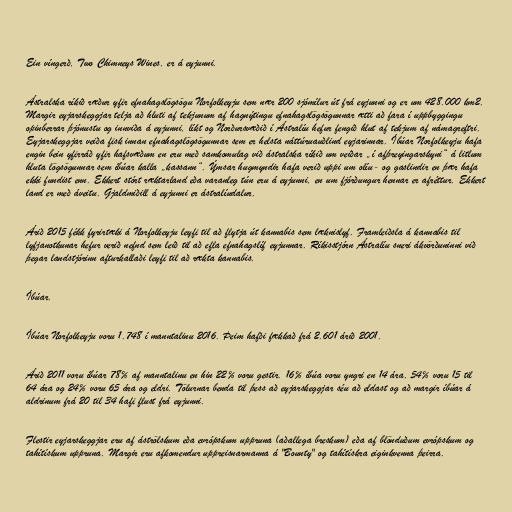
Ein víngerð, Two Chimneys Wines, er á eyjunni.

Ástralska ríkið ræður yfir efnahagslögsögu Norfolkeyju sem nær 200 sjómílur út frá eyjunni og er um 428.000 km2.
Margir eyjarskeggjar telja að hluti af tekjunum af hagnýtingu efnahagslögsögunnar ætti að fara í uppbyggingu
opinberrar þjónustu og innviða á eyjunni, líkt og Norðursvæðið í Ástralíu hefur fengið hlut af tekjum af námagreftri.
Eyjarskeggjar veiða fisk innan efnahagslögsögunnar sem er helsta náttúruauðlind eyjarinnar. Íbúar Norfolkeyju hafa
engin bein yfirráð yfir hafsvæðum en eru með samkomulag við ástralska ríkið um veiðar „í afþreyingarskyni“ á litlum
hluta lögsögunnar sem íbúar kalla „kassann“. Ýmsar hugmyndir hafa verið uppi um olíu- og gaslindir en þær hafa
ekki fundist enn. Ekkert stórt ræktarland eða varanleg tún eru á eyjunni, en um fjórðungur hennar er afréttur. Ekkert
land er með áveitu. Gjaldmiðill á eyjunni er ástralíudalur.

Árið 2015 fékk fyrirtæki á Norfolkeyju leyfi til að flytja út kannabis sem læknislyf. Framleiðsla á kannabis til
lyfjanotkunar hefur verið nefnd sem leið til að efla efnahagslíf eyjunnar. Ríkisstjórn Ástralíu sneri ákvörðuninni við
þegar landstjórinn afturkallaði leyfi til að rækta kannabis.

Íbúar.

Íbúar Norfolkeyju voru 1.748 í manntalinu 2016. Þeim hafði fækkað frá 2.601 árið 2001.

Árið 2011 voru íbúar 78% af manntalinu en hin 22% voru gestir. 16% íbúa voru yngri en 14 ára, 54% voru 15 til
64 ára og 24% voru 65 ára og eldri. Tölurnar benda til þess að eyjarskeggjar séu að eldast og að margir íbúar á
aldrinum frá 20 til 34 hafi flust frá eyjunni.

Flestir eyjarskeggjar eru af áströlskum eða evrópskum uppruna (aðallega breskum) eða af blönduðum evrópskum og
tahítískum uppruna. Margir eru afkomendur uppreisnarmanna á "Bounty" og tahítískra eiginkvenna þeirra.